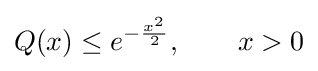
Q(x)\leq e^{-{\frac {x^{2}}{2}}},\qquad x>0